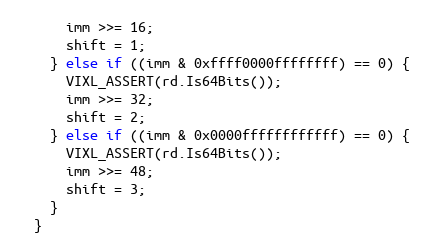
Language: C++
      imm >>= 16;
      shift = 1;
    } else if ((imm & 0xffff0000ffffffff) == 0) {
      VIXL_ASSERT(rd.Is64Bits());
      imm >>= 32;
      shift = 2;
    } else if ((imm & 0x0000ffffffffffff) == 0) {
      VIXL_ASSERT(rd.Is64Bits());
      imm >>= 48;
      shift = 3;
    }
  }